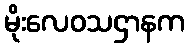
မိုးလေဝသဌာနက